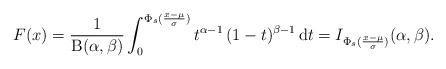
LaTeX: \begin{align*}F(x)=\frac{1}{\mathrm{B}(\alpha,\beta)}\int_0^{\Phi_s(\frac{x-\mu}{\sigma})}t^{\alpha-1}\,(1-t)^{\beta-1}\,\mathrm{d}t=I_{\Phi_s(\frac{x-\mu}{\sigma})}(\alpha,\beta).\end{align*}